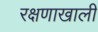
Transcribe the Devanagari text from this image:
रक्षणाखाली